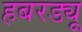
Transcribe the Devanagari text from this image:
हबरड्यू